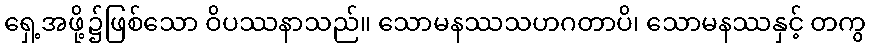
ရှေ့အဖို့၌ဖြစ်သော ဝိပဿနာသည်။ သောမနဿသဟဂတာပိ၊ သောမနဿနှင့် တကွ